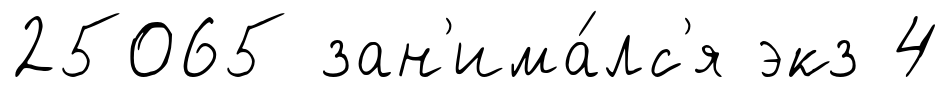
25065 зан'има́лс'я экз 4